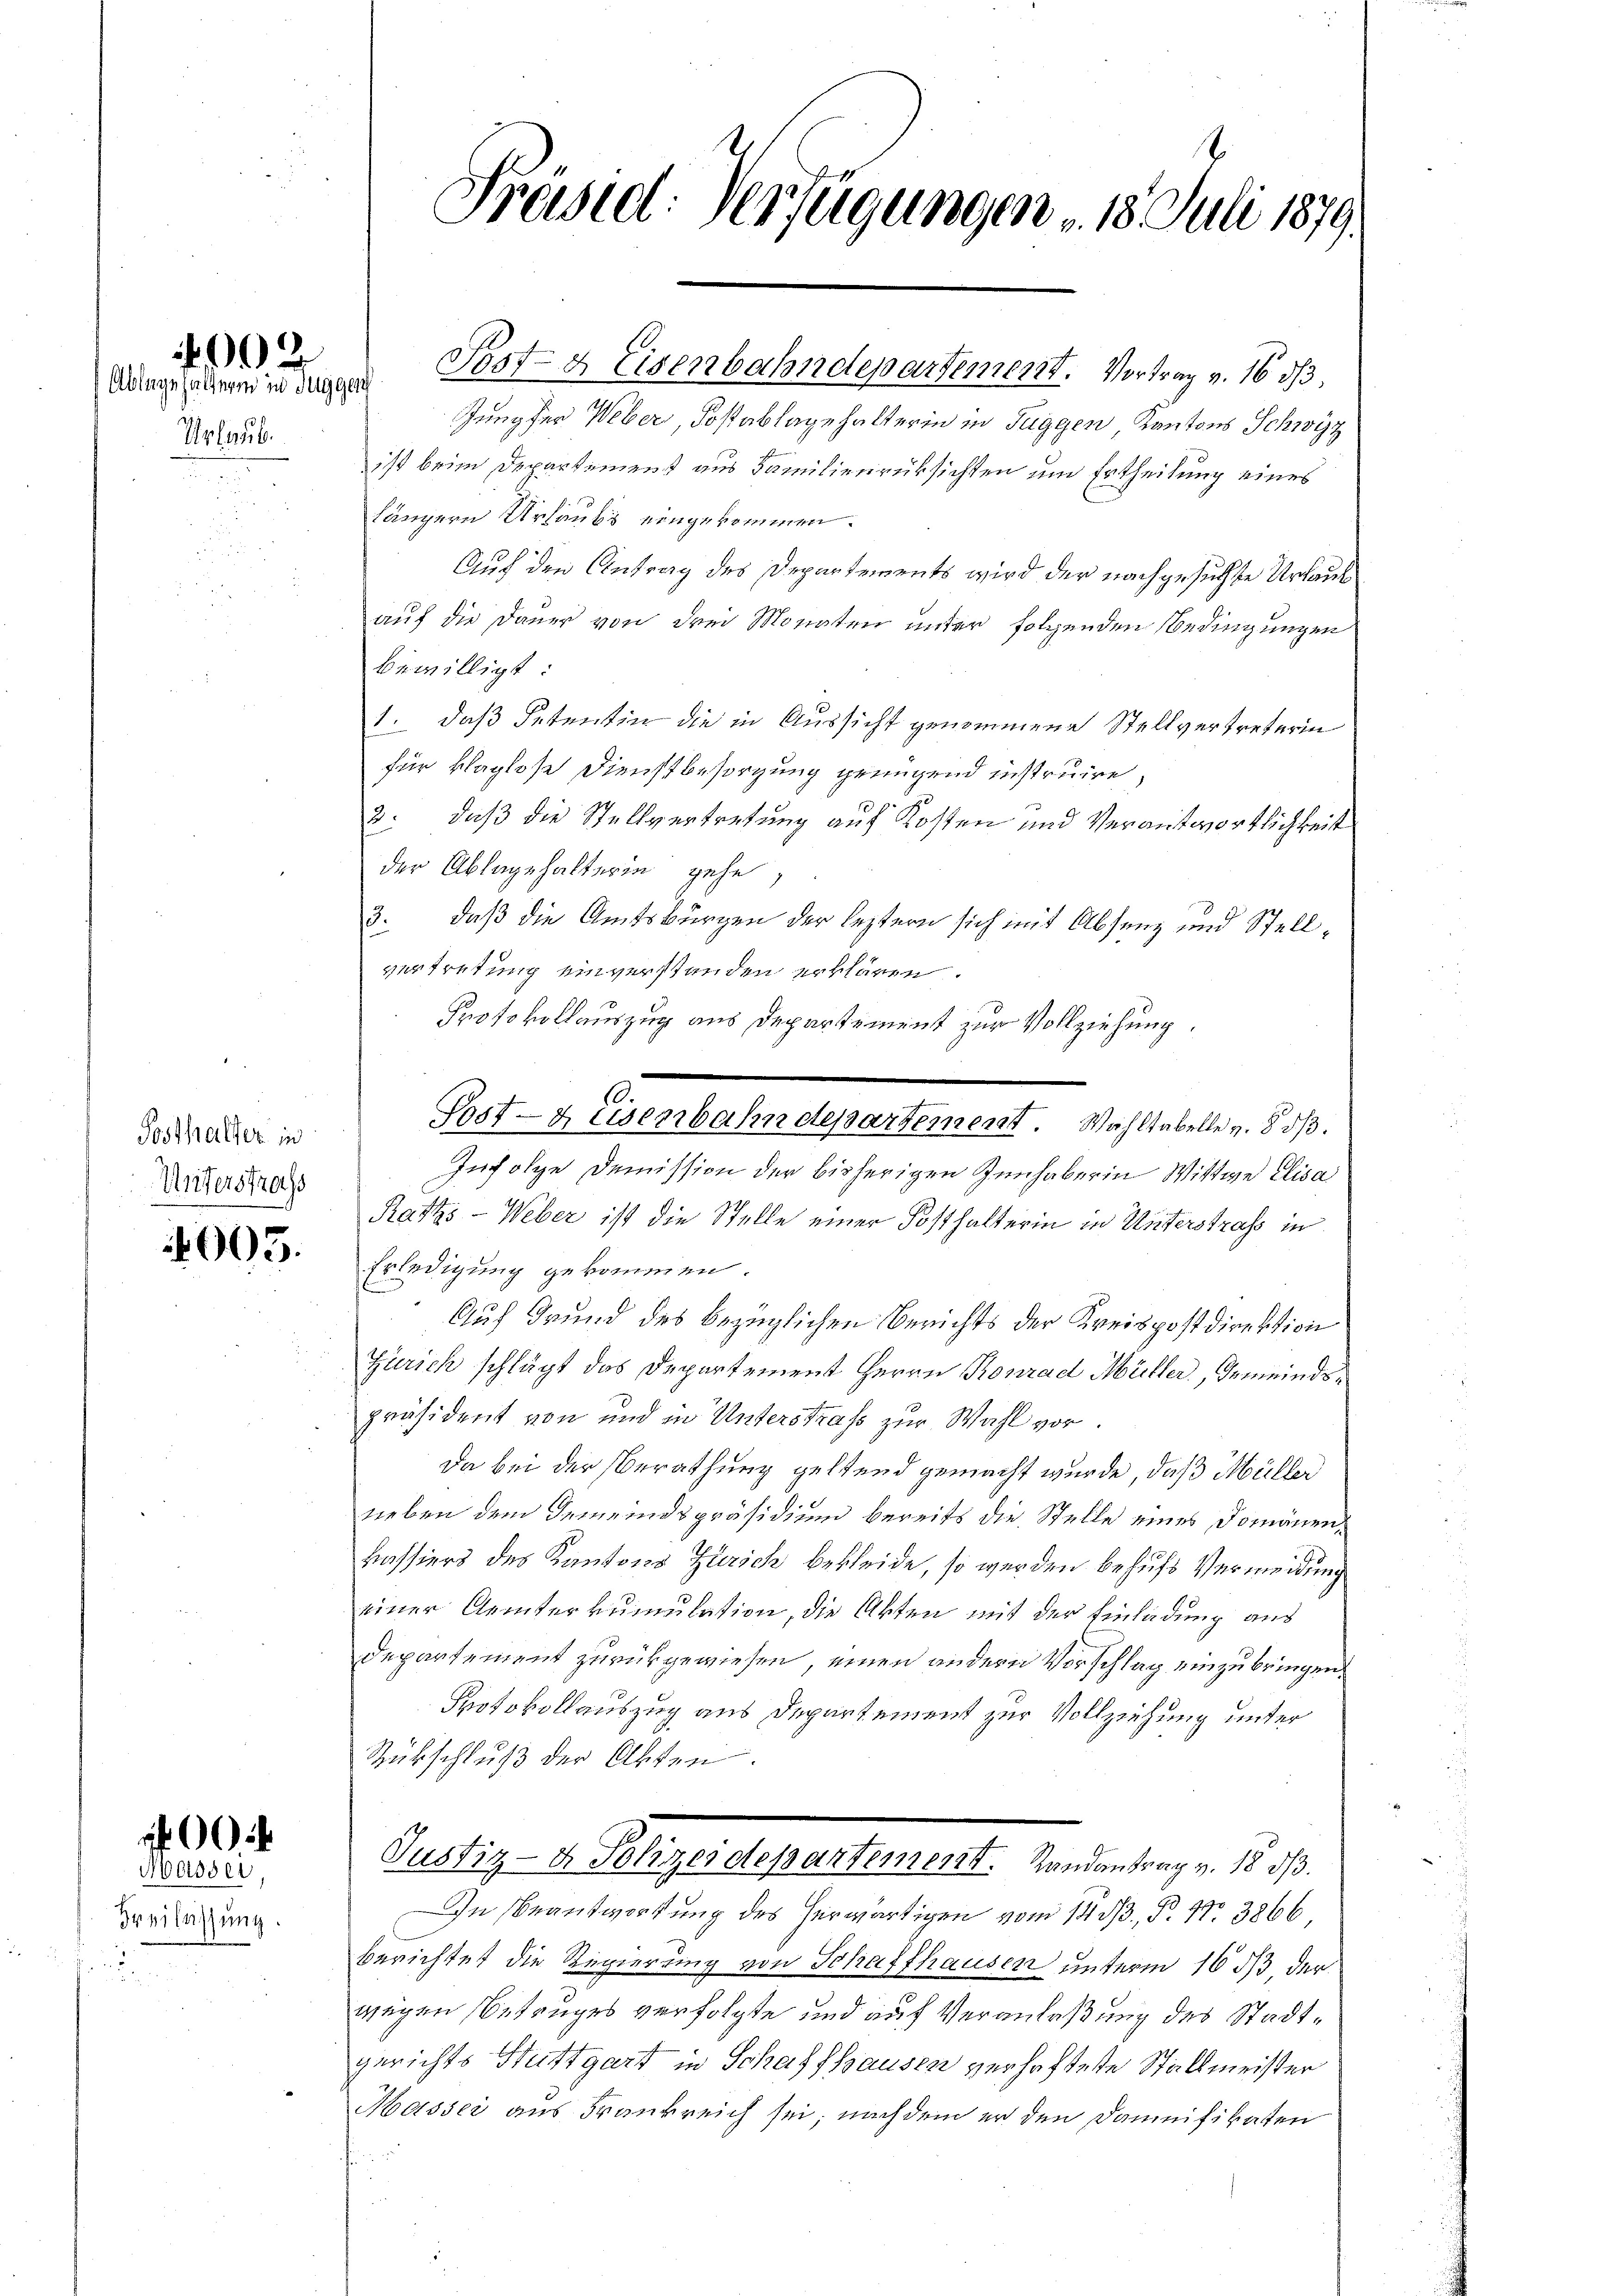
Urlaub.

002
Ablage halterm in Tuggen

Posthalter in
Unterstrafs

005.

00
Masser,

Freilassung.
2

Post- & Eisenbahndepartement. Vortrag v. 16 d

Präsid. Verfügungen 18. Juli 1879.

Jungfer Weber, Postablagehalterin in Fuggen Kantons Schwyz
ist beim Departement aus Familienrüksichten um Ertheilung eines
längern Urlaubs eingekommen.
Auf den Antrag des Departements wird der nachgesuchte Urlauf
auf die Dauer von drei Monaten unter folgenden Bedingungen
bewilligt
1. daß Petentin die in Aussicht genommene Stellvertreterin
für klaglose Dienstbesorgung grungend instruire,
3. daß die Stellvertretung auf Kosten und Verantwortlichkeit
der Ablagehalterin gehe
3. daß die Amtsburgen der leztern sich mit Absenz und Stellvertretung einverstanden erklären.
Protokollauszug aus Departement zur Vollziehung.
Infolge Demission der bisherigen Innhaber in Wittwe Elisa
Ratzs - Weber ist die Stelle einer Posthalterin in Unterstraf in
Erledigung gekommen.
Auf Grund des bezüglichen Berichts der Kreispostdirektion
Zürich schlägt das Departement Herrn Konrad Müller, Gemeindspräsident von und in Unterstraß zur Wahl vor.
Da bei der Berathung geltend gemacht wurde, daß Müller
neben dem Gemeindspräsidium bereits die Stelle eines Domänenkassiers des Kantons Zürich bekleide, so werden behufs Vermeidung
einer Geiterkumulation, die Akten mit der Einladung aus
Departement zurückgewiesen, einen andern Vorschlag einzubringen.
Protokollauszug aus Departement zur Vollziehung unter
Rückschluß der Akten.
Justiz- & Polizeidepartement. Landantrag v. 18 d.
In Beantwortung des herwärtigen vom 14. ds., P. Nr. 3866
berichtet die Regierung von Schaffhausen unterm 16 1/3 der
wegen Betruges verfolgte und auf Veranlaßung des Stadtgerichts Stuttgart in Schaffhausen verhaftete Stallmeister
Masser aus Frankreich sei; nach dem er den Dammifikaten

Post- & Eisenbahndepartement. Wahltabelle v. 8. d.